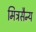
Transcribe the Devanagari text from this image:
मित्रसैन्य